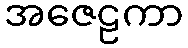
အဇေဠကာ